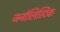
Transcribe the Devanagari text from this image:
जर्नालिस्टिक